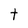
Character: t